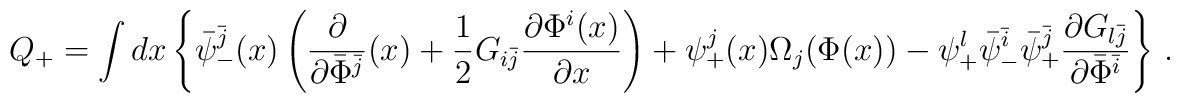
Q_{+}= \int dx \left\{ \bar{\psi}_{-}^{\bar{j}}(x) \left( \frac{\partial}{\partial \bar{\Phi}^{\bar{j}}}(x)+\frac{1}{2} G_{i\bar{j}}\frac{\partial \Phi^{i}(x)}{\partial x}\right) +\psi_{+}^{j}(x) \Omega_j(\Phi(x)) -\psi^{l}_{+}\bar{\psi}^{\bar{i}}_{-}\bar{\psi}^{\bar{j}}_{+}\frac{\partial G_{l\bar{j}}}{\partial \bar{\Phi}^{\bar{i}}}\right\}\,.